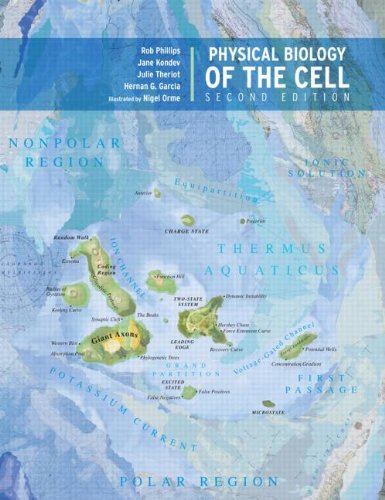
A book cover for Physical Biology of the Cell; Rob Phillips; Medical Books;